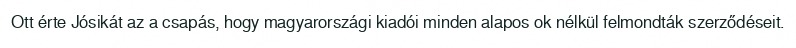
Ott érte Jósikát az a csapás, hogy magyarországi kiadói minden alapos ok nélkül felmondták szerződéseit.